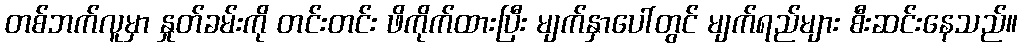
တစ်ဘက်လူမှာ နှုတ်ခမ်းကို တင်းတင်း ဖိကိုက်ထားပြီး မျက်နှာပေါ်တွင် မျက်ရည်များ စီးဆင်းနေသည်။